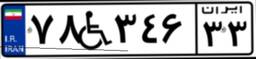
۷۸W۳۴۶۳۳